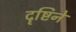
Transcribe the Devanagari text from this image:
दॄष्टिने